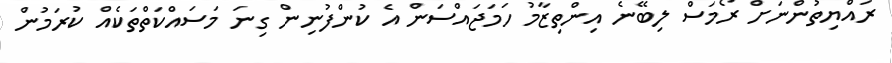
ރައްޔިތުންނަށް ރޯމަސް ލިބޭނެ އިންތިޒާމު ހަމަޖައްސަން އެ ކުންފުނިން ގިނަ މަސައްކަތްތަކެއް ކުރަމުން